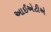
આઈએટીએ